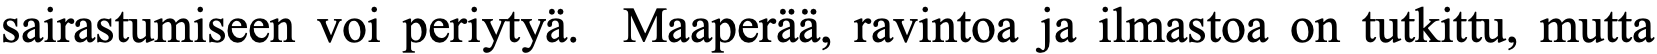
sairastumiseen voi periytyä. Maaperää, ravintoa ja ilmastoa on tutkittu, mutta